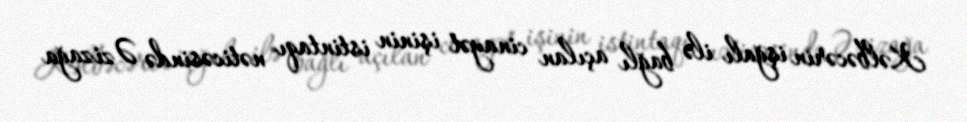
Kəlbəcərin işğalı ilə bağlı açılan cinayət işinin istintaqı nəticəsində Əzizağa